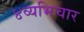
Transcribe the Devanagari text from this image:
४व्यभिचार